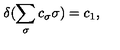
\delta ( \sum _ { \sigma } c _ { \sigma } \sigma ) = c _ { 1 } ,